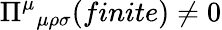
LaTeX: \Pi^{\mu}{}_{\mu\rho\sigma}(finite)\neq 0